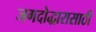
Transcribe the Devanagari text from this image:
जगदोद्धारासाठी